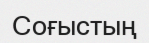
Соғыстың